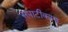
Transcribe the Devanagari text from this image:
सपाटीकरण